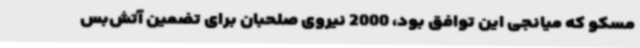
مسکو که میانجی این توافق بود، 2000 نیروی صلحبان برای تضمین آتش‌بس